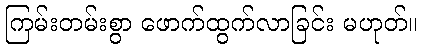
ကြမ်းတမ်းစွာ ဖောက်ထွက်လာခြင်း မဟုတ်။